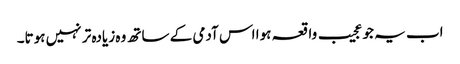
اب یہ جو عجیب واقعہ ہوا اس آدمی کے ساتھ وہ زیادہ تر نہیں ہوتا۔